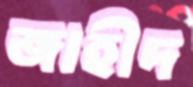
জাহীদ